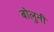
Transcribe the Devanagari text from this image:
बोलुनी